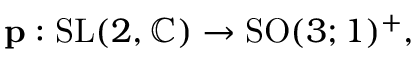
\mathbf { p } : { \mathrm { S L } } ( 2 , \mathbb { C } ) \to { \mathrm { S O } } ( 3 ; 1 ) ^ { + } ,